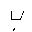
Letter: _ba